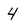
Character: 4